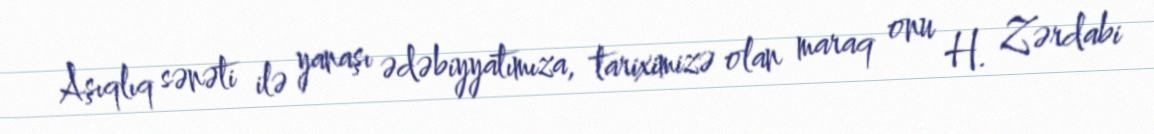
Aşıqlıq sənəti ilə yanaşı ədəbiyyatımıza, tariximizə olan maraq onu H. Zərdabi